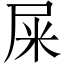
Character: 屎